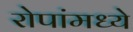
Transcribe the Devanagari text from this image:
रोपांमध्ये